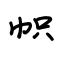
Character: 帜